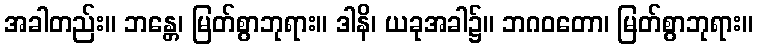
အခါတည်း။ ဘန္တေ၊ မြတ်စွာဘုရား။ ဒါနိ၊ ယခုအခါ၌။ ဘဂဝတော၊ မြတ်စွာဘုရား။